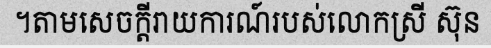
។តាមសេចក្តីរាយការណ៍របស់លោកស្រី ស៊ុន